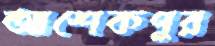
আশেকপুর